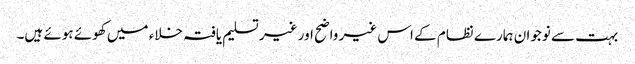
بہت سے نوجوان ہمارے نظام کے اس غیر واضح اور غیر تسلیم یافتہ خلاء میں کھوئے ہوئے ہیں۔